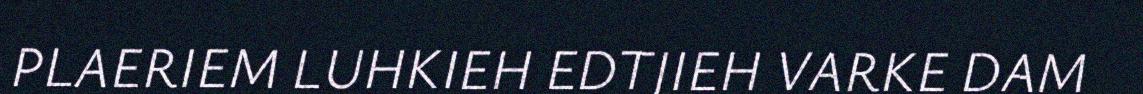
PLAERIEM LUHKIEH EDTJIEH VARKE DAM